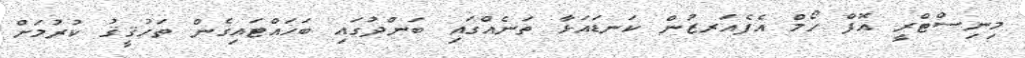
މިނިސްޓްރީ އޮފް ހޯމް އެފެއަރޒުން ކަނޑައަޅާ ތަނެއްގައި ބަންދުގައި ބަހައްޓައިގެން ތަހުޤީޤު ކުރުމަށް